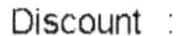
DISCOUNT :